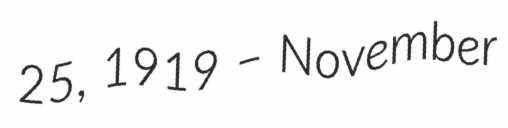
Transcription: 25, 1919 – November